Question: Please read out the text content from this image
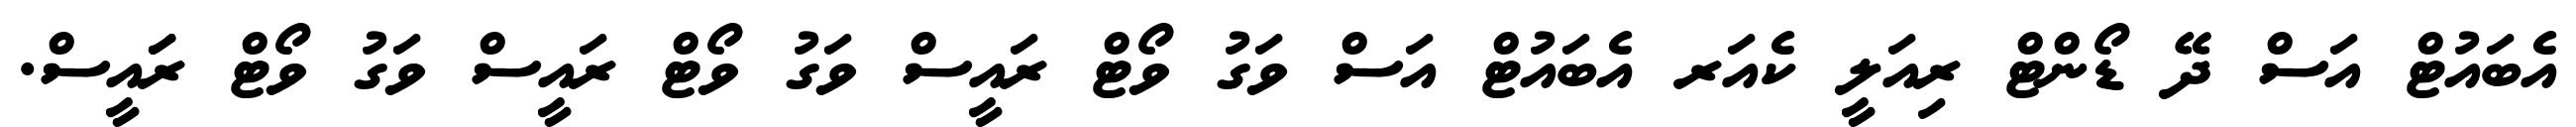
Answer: އެބައުޓް އަސް ދޭ ޑޯންޓް ރިއަލީ ކެއަރ އެބައުޓް އަސް ވަގު ވޯޓް ރައީސް ވަގު ވޯޓް ރައީސް ވަގު ވޯޓް ރަައީސް.